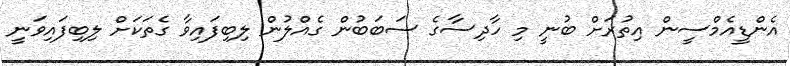
އެންޑީއެމްސީން އިތުރަށް ބުނީ މި ހާދިސާގެ ސަބަބުން ގެއްލުން ލިބިފައިވާ ގެތަކަށް ލިބިފައިވަނީ